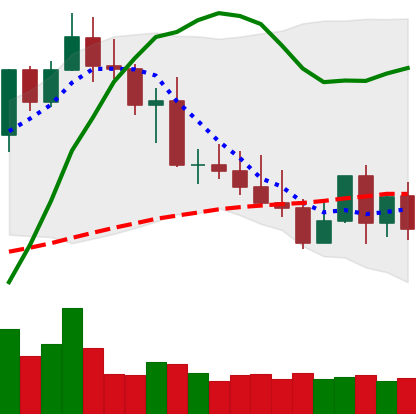
Ticker: XMR-USD
Chart end date: 2022-05-07
Forward return: -32.476%
Label: down_7plus